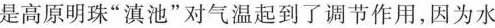
是高原明珠”滇池”对气温起到了调节作用，因为水